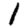
Digit: 1